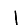
Digit: 1